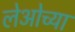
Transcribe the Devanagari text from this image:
लेओच्या